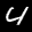
Label: 4